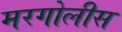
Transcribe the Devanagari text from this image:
मरगोलीस